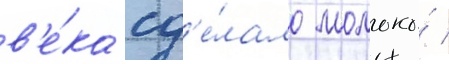
в'е́ка сд'е́лало молоко́ /